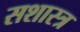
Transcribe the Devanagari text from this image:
सशास्त्र